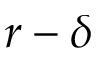
r - \delta